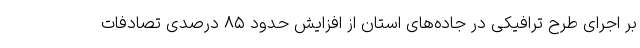
بر اجرای طرح ترافیکی در جاده‌های استان از افزایش حدود ۸۵ درصدی تصادفات